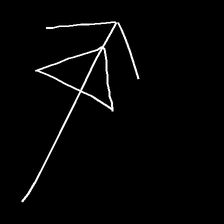
Glyph: pull